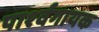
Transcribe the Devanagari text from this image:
पार्श्‍वगायक